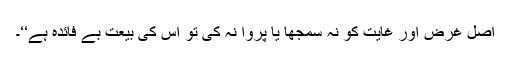
اصل غرض اور غایت کو نہ سمجھا یا پروا نہ کی تو اُس کی بیعت بے فائدہ ہے‘‘۔